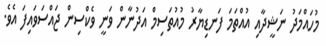
މުހައްމަދު ނަޝީދާއި އުއްތަމަ ފަނޑިޔާރު މުއުތަސިމް އަދުނާން ވަނީ ވެކްސިން ޖައްސަވައިފަ އެވެ.